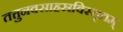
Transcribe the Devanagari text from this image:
तत्तुनवसाहस्रविस्तृतम्